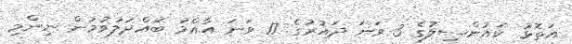
އަތޮޅު ކައުންސިލުގެ 3 ވަނަ ދައުރުގެ 17 ވަނަ އާއްމު ބައްދަލުވުމުން ނިންމި